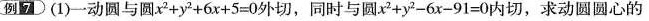
(例D(1)一动圆与圆$$x ^ { 2 } + y ^ { 2 } + 6 x + 5 = 0$$外切，同时与圆$$x ^ { 2 } + y ^ { 2 } - 6 x - 9 1 = 0$$内切，求动圆圆心的